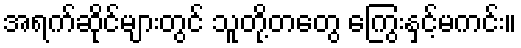
အရက်ဆိုင်များတွင် သူတို့တတွေ ကြွေးနှင့်မကင်း။